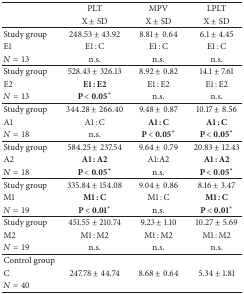
<table><thead><tr><td><b> </b></td><td><b>PLT </b></td><td><b>MPV </b></td><td><b>LPLT </b></td></tr><tr><td><b> </b></td><td><b>X ± SD</b></td><td><b>X ± SD</b></td><td><b>X ± SD</b></td></tr></thead><tbody><tr><td>Study group</td><td>248.53 ± 43.92</td><td>8.81 ± 0.64</td><td>6.1 ± 4.45</td></tr><tr><td> E1</td><td>E1 : C</td><td>E1 : C</td><td>E1 : C</td></tr><tr><td><i>N</i> = 13</td><td>n.s.</td><td>n.s.</td><td>n.s.</td></tr><tr><td>Study group</td><td>528.43 ± 326.13</td><td>8.92 ± 0.82</td><td>14.1 ± 7.61</td></tr><tr><td>E2</td><td><b>E1 : E2</b></td><td>E1 : E2</td><td>E1 : E2</td></tr><tr><td><i>N</i> = 13</td><td><b>P &lt; 0.05</b>*</td><td> n.s.</td><td>n.s.</td></tr><tr><td>Study group</td><td>344.28 ± 266.40</td><td>9.48 ± 0.87</td><td>10.17 ± 8.56</td></tr><tr><td>A1 </td><td>A1 : C </td><td><b>A1 : C</b></td><td><b>A1 : C</b></td></tr><tr><td><i>N</i> = 18</td><td>n.s.</td><td><b>P &lt; 0.05</b>*</td><td><b>P &lt; 0.05</b>*</td></tr><tr><td>Study group</td><td>584.25 ± 237.54</td><td>9.64 ± 0.79</td><td>20.83 ± 12.43</td></tr><tr><td>A2</td><td><b>A1 : A2</b></td><td>A1:A2</td><td><b>A1 : A2</b></td></tr><tr><td><i>N</i> = 18</td><td><b>P &lt; 0.05</b>*</td><td>n.s.</td><td><b>P &lt; 0.05</b>*</td></tr><tr><td>Study group</td><td>335.84 ± 154.08</td><td>9.04 ± 0.86</td><td>8.16 ± 3.47</td></tr><tr><td>M1</td><td><b>M1 : C </b></td><td>M1 : C </td><td><b>M1 : C</b></td></tr><tr><td><i>N</i> = 19</td><td><b>P &lt; 0.01</b>*</td><td>n.s.</td><td><b>P &lt; 0.01</b>*</td></tr><tr><td>Study group</td><td>451.55 ± 210.74</td><td>9.23 ± 1.10</td><td>10.27 ± 5.69</td></tr><tr><td>M2</td><td>M1 : M2 </td><td>M1 : M2</td><td>M1 : M2</td></tr><tr><td><i>N</i> = 19</td><td>n.s.</td><td>n.s.</td><td>n.s.</td></tr><tr><td>Control group </td><td> </td><td> </td><td> </td></tr><tr><td>C</td><td>247.78 ± 44.74</td><td>8.68 ± 0.64</td><td>5.34 ± 1.81</td></tr><tr><td><i>N</i> = 40</td><td> </td><td> </td><td> </td></tr></tbody></table>